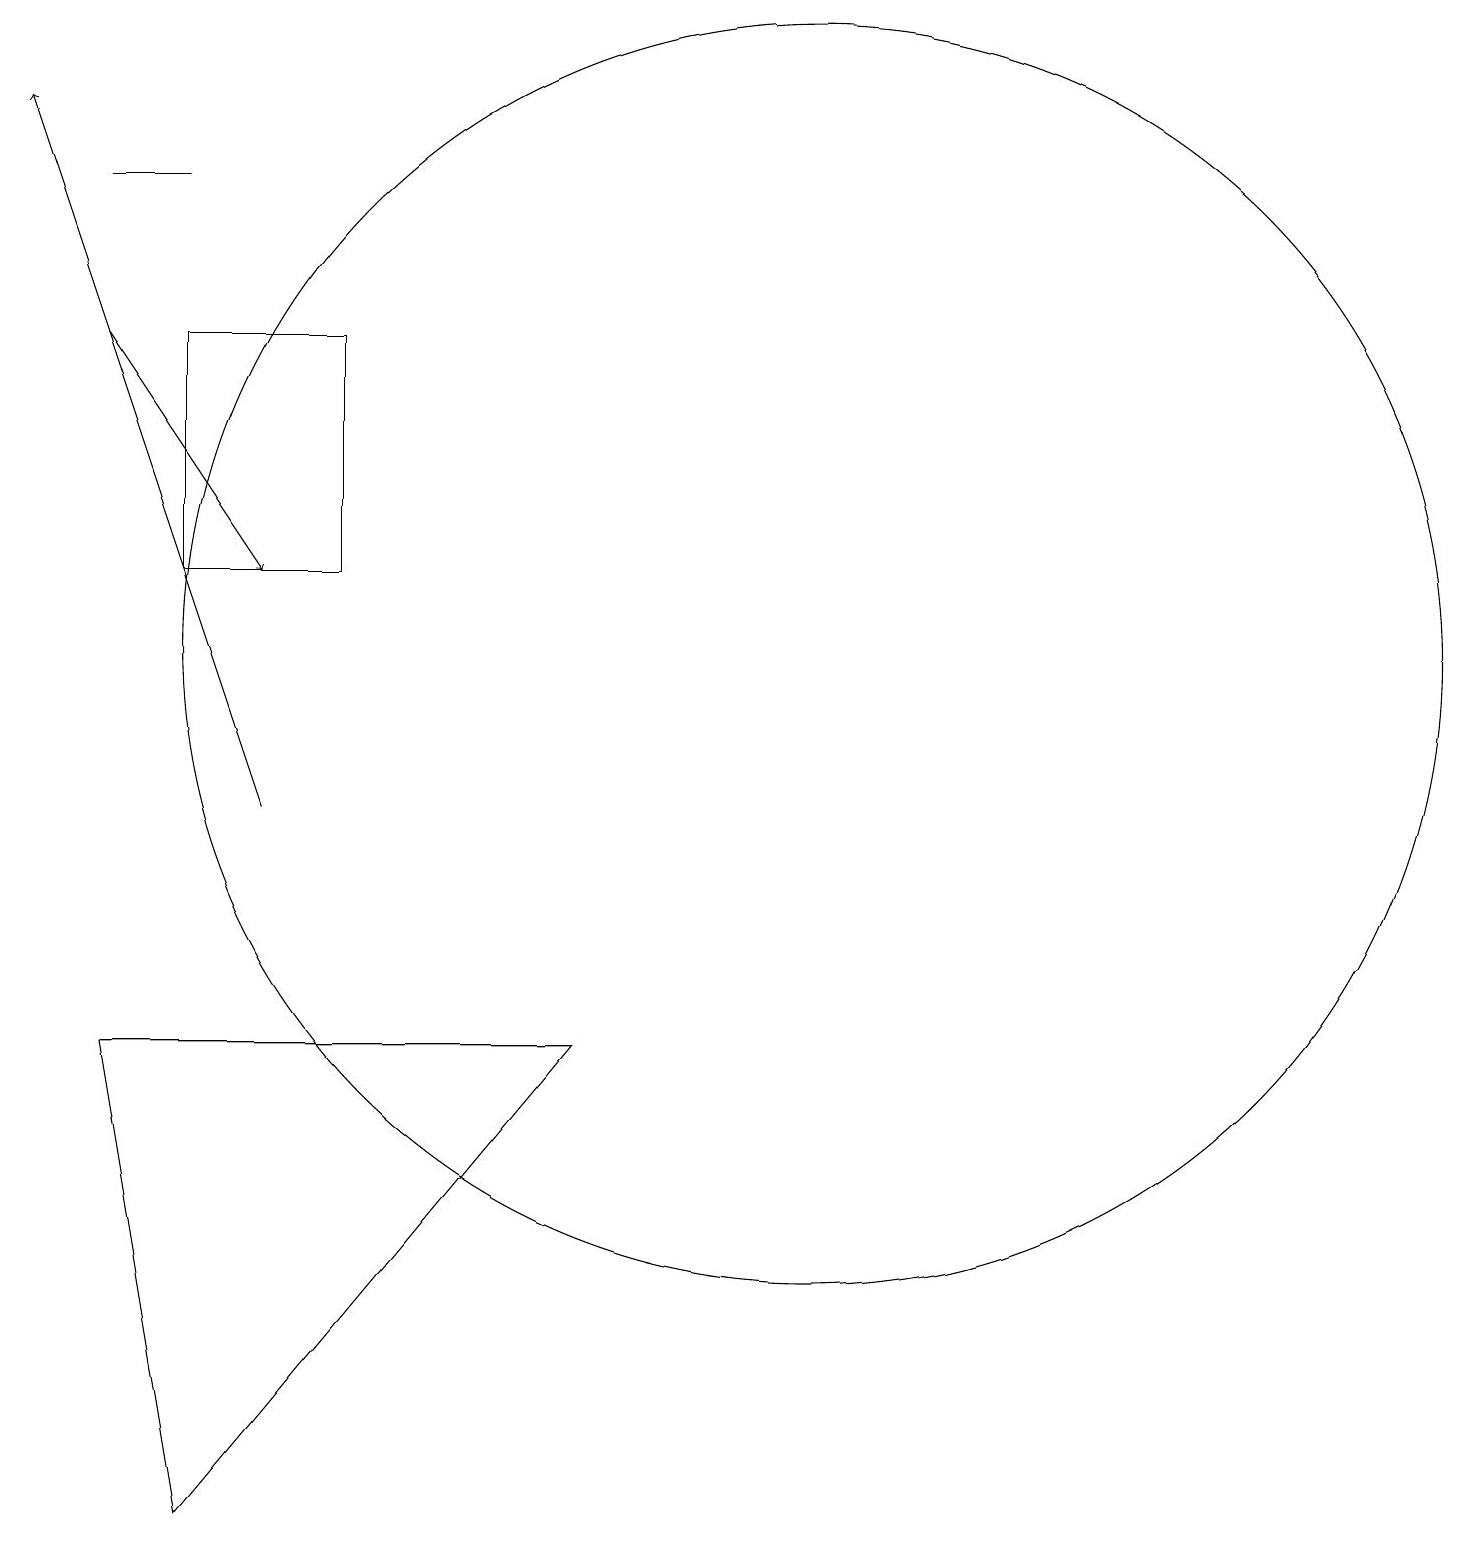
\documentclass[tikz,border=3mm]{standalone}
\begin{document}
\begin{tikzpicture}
\draw (2,1) -- (7,7) -- (1,7) -- cycle;
\draw[->] (3,10) -- (0,19);
\draw (11,10) circle (0);
\draw (4,13) rectangle (2,16);
\draw (10,12) circle (8);
\draw (2,18) rectangle (1,18);
\draw[->] (1,16) -- (3,13);
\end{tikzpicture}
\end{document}